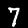
Label: 7